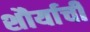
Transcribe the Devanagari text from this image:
शौर्याचीं